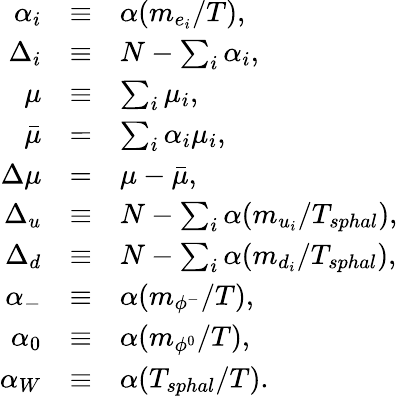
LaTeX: \begin{array}{rcl}{{\alpha_{i}}}&{{\equiv}}&{{\alpha({m_{e_{i}}}/{T}),}}\\ {{\Delta_{i}}}&{{\equiv}}&{{N-\sum_{i}\alpha_{i},}}\\ {{\mu}}&{{\equiv}}&{{\sum_{i}\mu_{i},}}\\ {{{\bar{\mu}}}}&{{=}}&{{\sum_{i}\alpha_{i}\mu_{i},}}\\ {{\Delta\mu}}&{{=}}&{{\mu-{\bar{\mu}},}}\\ {{\Delta_{u}}}&{{\equiv}}&{{N-\sum_{i}\alpha({m_{u_{i}}}/{T_{sphal}}),}}\\ {{\Delta_{d}}}&{{\equiv}}&{{N-\sum_{i}\alpha({m_{d_{i}}}/{T_{sphal}}),}}\\ {{\alpha_{-}}}&{{\equiv}}&{{\alpha({m_{\phi^{-}}}/{T}),}}\\ {{\alpha_{0}}}&{{\equiv}}&{{\alpha({m_{\phi^{0}}}/{T}),}}\\ {{\alpha_{W}}}&{{\equiv}}&{{\alpha({T_{sphal}}/{T}).}}\end{array}